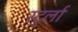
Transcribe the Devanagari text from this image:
स्टुर्ला